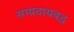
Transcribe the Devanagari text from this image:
सम्प्रदायबद्ध